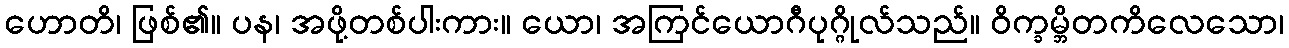
ဟောတိ၊ ဖြစ်၏။ ပန၊ အဖို့တစ်ပါးကား။ ယော၊ အကြင်ယောဂီပုဂ္ဂိုလ်သည်။ ဝိက္ခမ္ဘိတကိလေသော၊